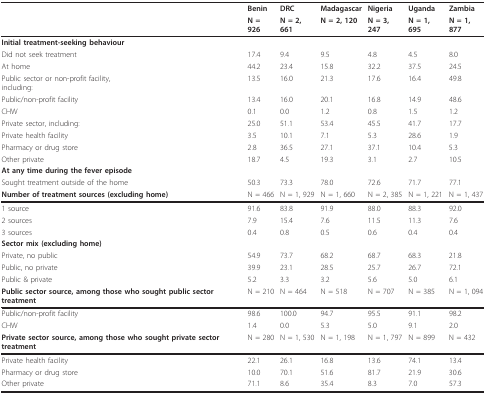
<table><thead><tr><td></td><td><b>Benin</b></td><td><b>DRC</b></td><td><b>Madagascar</b></td><td><b>Nigeria</b></td><td><b>Uganda</b></td><td><b>Zambia</b></td></tr><tr><td></td><td><b>N = 926</b></td><td><b>N = 2, 661</b></td><td><b>N = 2, 120</b></td><td><b>N = 3, 247</b></td><td><b>N = 1, 695</b></td><td><b>N = 1, 877</b></td></tr></thead><tbody><tr><td><b>Initial treatment-seeking behaviour</b></td><td></td><td></td><td></td><td></td><td></td><td></td></tr><tr><td>Did not seek treatment</td><td>17.4</td><td>9.4</td><td>9.5</td><td>4.8</td><td>4.5</td><td>8.0</td></tr><tr><td>At home</td><td>44.2</td><td>23.4</td><td>15.8</td><td>32.2</td><td>37.5</td><td>24.5</td></tr><tr><td>Public sector or non-profit facility,including:</td><td>13.5</td><td>16.0</td><td>21.3</td><td>17.6</td><td>16.4</td><td>49.8</td></tr><tr><td>Public/non-profit facility</td><td>13.4</td><td>16.0</td><td>20.1</td><td>16.8</td><td>14.9</td><td>48.6</td></tr><tr><td>CHW</td><td>0.1</td><td>0.0</td><td>1.2</td><td>0.8</td><td>1.5</td><td>1.2</td></tr><tr><td>Private sector, including:</td><td>25.0</td><td>51.1</td><td>53.4</td><td>45.5</td><td>41.7</td><td>17.7</td></tr><tr><td>Private health facility</td><td>3.5</td><td>10.1</td><td>7.1</td><td>5.3</td><td>28.6</td><td>1.9</td></tr><tr><td>Pharmacy or drug store</td><td>2.8</td><td>36.5</td><td>27.1</td><td>37.1</td><td>10.4</td><td>5.3</td></tr><tr><td>Other private</td><td>18.7</td><td>4.5</td><td>19.3</td><td>3.1</td><td>2.7</td><td>10.5</td></tr><tr><td><b>At any time during the fever episode</b></td><td></td><td></td><td></td><td></td><td></td><td></td></tr><tr><td>Sought treatment outside of the home</td><td>50.3</td><td>73.3</td><td>78.0</td><td>72.6</td><td>71.7</td><td>77.1</td></tr><tr><td><b>Number of treatment sources (excluding home)</b></td><td>N = 466</td><td>N = 1, 929</td><td>N = 1, 660</td><td>N = 2, 385</td><td>N = 1, 221</td><td>N = 1, 437</td></tr><tr><td>1 source</td><td>91.6</td><td>83.8</td><td>91.9</td><td>88.0</td><td>88.3</td><td>92.0</td></tr><tr><td>2 sources</td><td>7.9</td><td>15.4</td><td>7.6</td><td>11.5</td><td>11.3</td><td>7.6</td></tr><tr><td>3 sources</td><td>0.4</td><td>0.8</td><td>0.5</td><td>0.6</td><td>0.4</td><td>0.4</td></tr><tr><td><b>Sector mix (excluding home)</b></td><td></td><td></td><td></td><td></td><td></td><td></td></tr><tr><td>Private, no public</td><td>54.9</td><td>73.7</td><td>68.2</td><td>68.7</td><td>68.3</td><td>21.8</td></tr><tr><td>Public, no private</td><td>39.9</td><td>23.1</td><td>28.5</td><td>25.7</td><td>26.7</td><td>72.1</td></tr><tr><td>Public &amp; private</td><td>5.2</td><td>3.3</td><td>3.2</td><td>5.6</td><td>5.0</td><td>6.1</td></tr><tr><td><b>Public sector source, among those who sought public sector treatment</b></td><td>N = 210</td><td>N = 464</td><td>N = 518</td><td>N = 707</td><td>N = 385</td><td>N = 1, 094</td></tr><tr><td>Public/non-profit facility</td><td>98.6</td><td>100.0</td><td>94.7</td><td>95.5</td><td>91.1</td><td>98.2</td></tr><tr><td>CHW</td><td>1.4</td><td>0.0</td><td>5.3</td><td>5.0</td><td>9.1</td><td>2.0</td></tr><tr><td><b>Private sector source, among those who sought private sector treatment</b></td><td>N = 280</td><td>N = 1, 530</td><td>N = 1, 198</td><td>N = 1, 797</td><td>N = 899</td><td>N = 432</td></tr><tr><td>Private health facility</td><td>22.1</td><td>26.1</td><td>16.8</td><td>13.6</td><td>74.1</td><td>13.4</td></tr><tr><td>Pharmacy or drug store</td><td>10.0</td><td>70.1</td><td>51.6</td><td>81.7</td><td>21.9</td><td>30.6</td></tr><tr><td>Other private</td><td>71.1</td><td>8.6</td><td>35.4</td><td>8.3</td><td>7.0</td><td>57.3</td></tr></tbody></table>